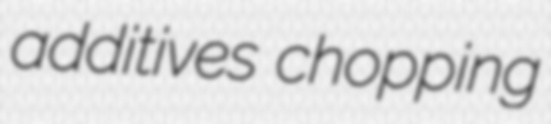
additives chopping